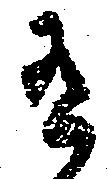
有